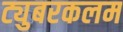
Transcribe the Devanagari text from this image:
ट्युबरकलम